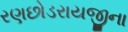
રણછોડરાયજીના